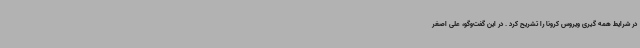
در شرایط همه گیری ویروس کرونا را تشریح کرد . در این گفت‌وگو، علی اصغر